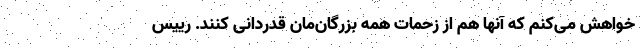
خواهش می‌کنم که آنها هم از زحمات همه بزرگان‌مان قدردانی کنند. رییس